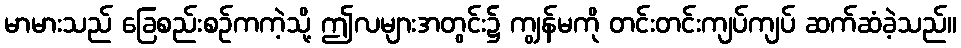
မာမားသည် ခြေစည်းစဉ်ကကဲ့သို့ ဤလများအတွင်း၌ ကျွန်မကို တင်းတင်းကျပ်ကျပ် ဆက်ဆံခဲ့သည်။